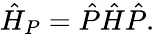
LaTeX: \hat{H}_{P}=\hat{P}\hat{H}\hat{P}.